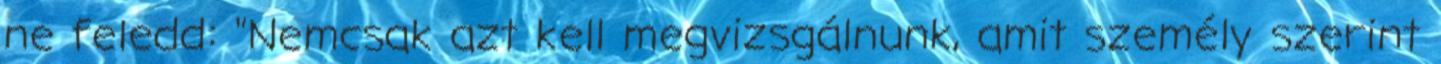
ne feledd: "Nemcsak azt kell megvizsgálnunk, amit személy szerint